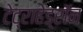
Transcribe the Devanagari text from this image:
टेट्राहेड्रॉन